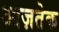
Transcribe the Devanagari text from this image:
आज़तेक